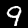
Digit: 9